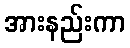
အားနည်းကာ